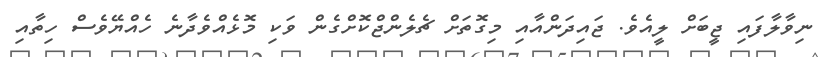
ނިވާލާފައި ޖީބަށް ލީއެވެ. ޖައިދަންއާއި މިގޮތަށް ޗެލެންޖްކޮށްގެން ވަކި މޮޅެއްވެދާނެ ހެއްޔޭވެސް ހިތާއި